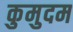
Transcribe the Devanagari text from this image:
कुमुदम